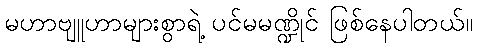
မဟာဗျူဟာများစွာရဲ့ ပင်မမဏ္ဍိုင် ဖြစ်နေပါတယ်။